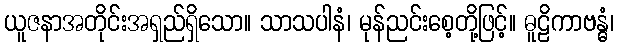
ယူဇနာအတိုင်းအရှည်ရှိသော။ သာသပါနံ၊ မုန်ညင်းစေ့တို့ဖြင့်။ ဓူဠိကာဗန္ဓံ၊